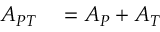
\begin{array} { r l } { A _ { P T } } & { { } = A _ { P } + A _ { T } } \end{array}